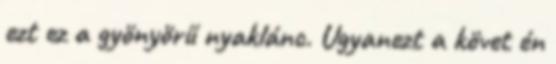
ezt ez a gyönyörű nyaklánc. Ugyanezt a követ én